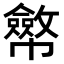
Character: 𢅸